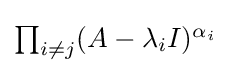
{\textstyle \prod _{i\neq j}(A-\lambda _{i}I)^{\alpha _{i}}}